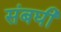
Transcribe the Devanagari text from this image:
संबघी